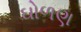
ઘોળણ